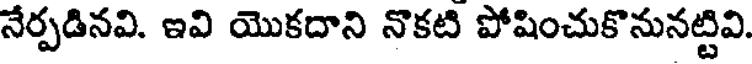
నేర్పడినవి. ఇవి యొకదాని నొకటి పోషించుకొనునట్టివి.